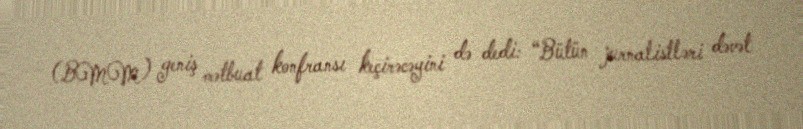
(BMM) geniş mətbuat konfransı keçirəcəyini də dedi: “Bütün jurnalistləri dəvət